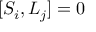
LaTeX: [ S _ { i } , L _ { j } ] = 0